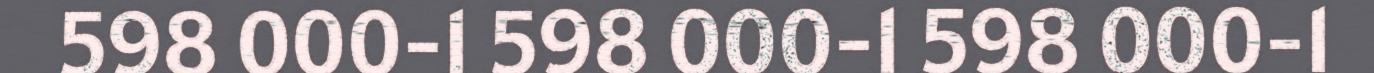
598 000-1 598 000-1 598 000-1